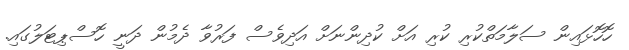
ހޮހޮޅައިން ސަލާމަތްކުރި ކުރި އަށް ކުދިންނަށް އަދިވެސް ފަރުވާ ދެމުން ދަނީ ހޮސްޕިޓަލުގައި.